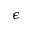
\epsilon